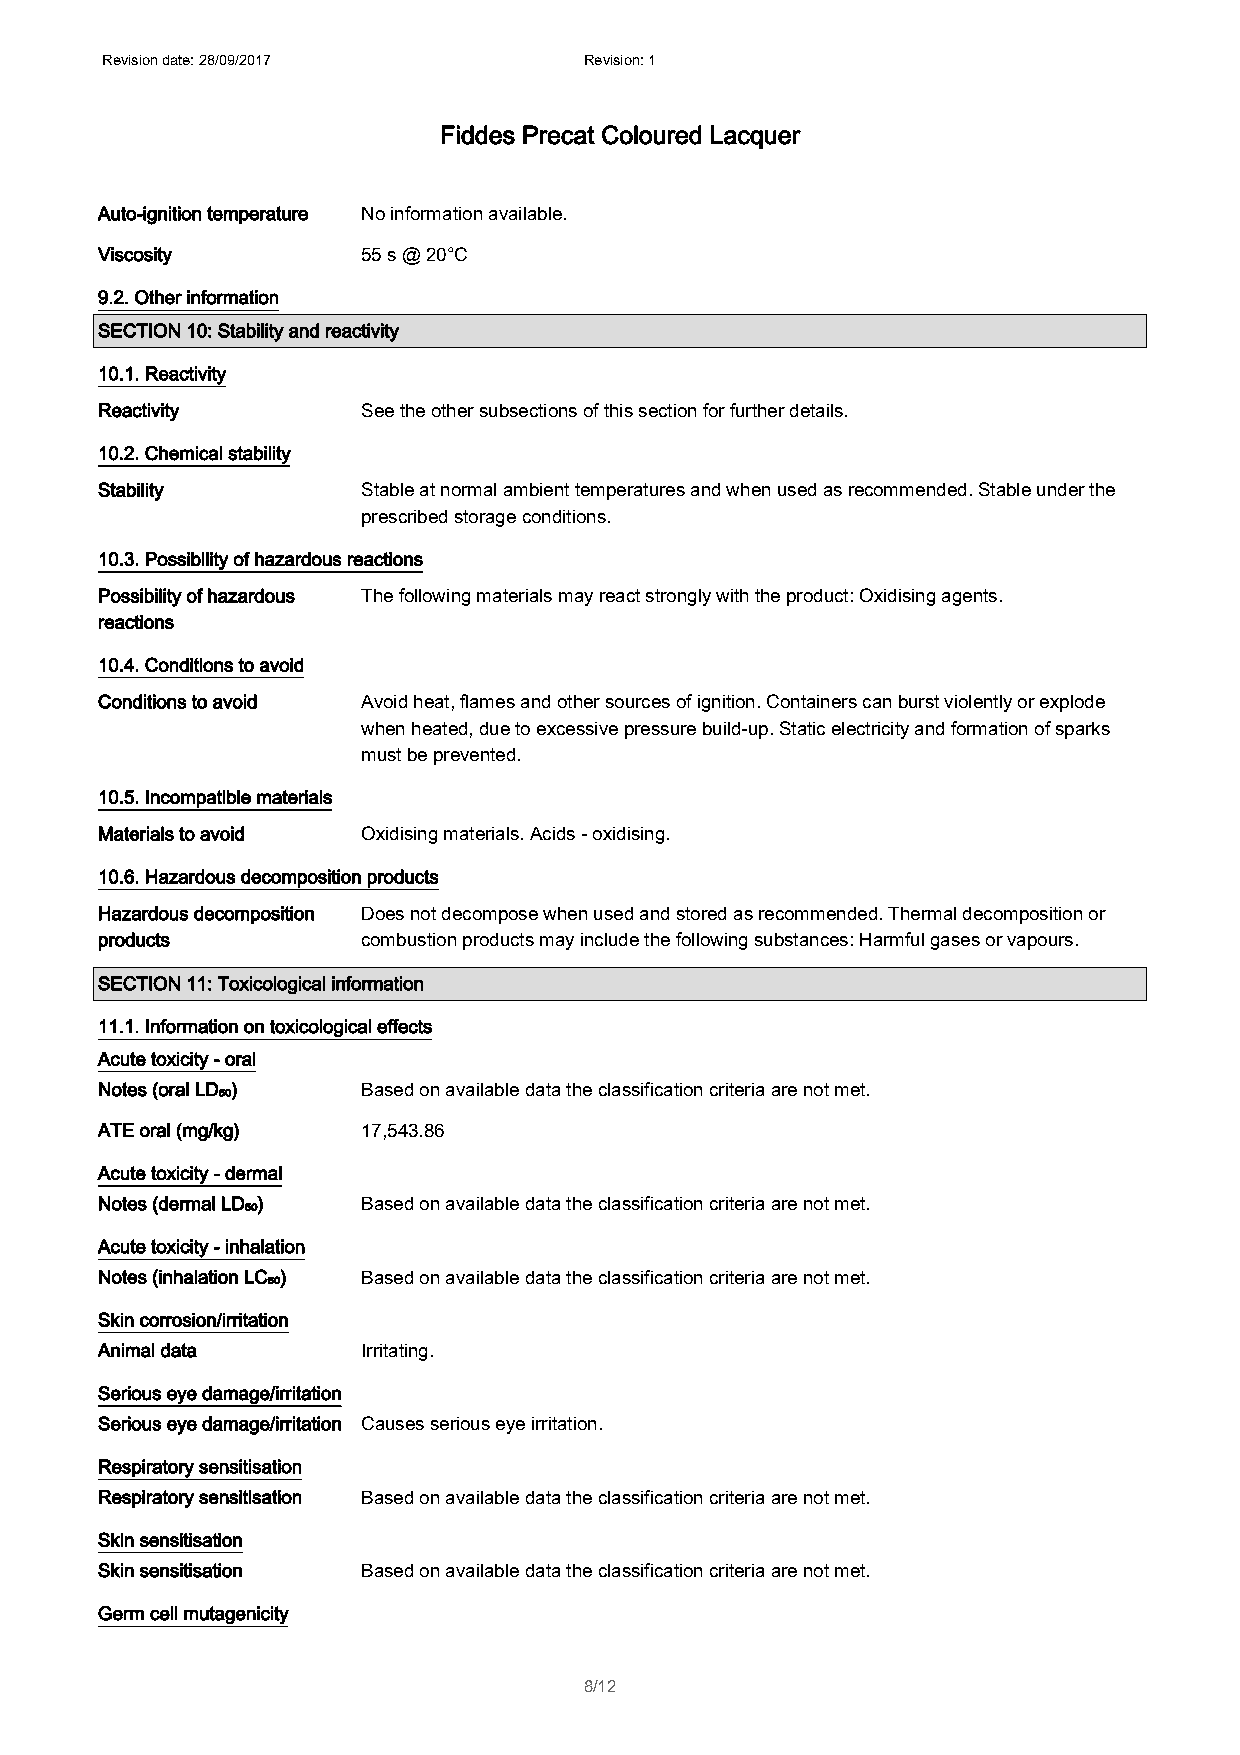
Revision date: 28/09/2017       Revision: 1
 Fiddes Precat Coloured Lacquer
 Auto-ignition temperature No information available.
 Viscosity         55 s @ 20°C
 9.2. Other information
 SECTION 10: Stability and reactivity
 10.1. Reactivity
 Reactivity        See the other subsections of this section for further details.
 10.2. Chemical stability
 Stability         Stable at normal ambient temperatures and when used as recommended. Stable under the
 prescribed storage conditions.
 10.3. Possibility of hazardous reactions
 Possibility of hazardous The following materials may react strongly with the product: Oxidising agents.
 reactions
 10.4. Conditions to avoid
 Conditions to avoid Avoid heat, flames and other sources of ignition. Containers can burst violently or explode
 when heated, due to excessive pressure build-up. Static electricity and formation of sparks
 must be prevented.
 10.5. Incompatible materials
 Materials to avoid Oxidising materials. Acids - oxidising.
 10.6. Hazardous decomposition products
 Hazardous decomposition Does not decompose when used and stored as recommended. Thermal decomposition or
 products          combustion products may include the following substances: Harmful gases or vapours.
 SECTION 11: Toxicological information
 11.1. Information on toxicological effects
 Acute toxicity - oral
 Notes (oral LD₅₀) Based on available data the classification criteria are not met.
 ATE oral (mg/kg)  17,543.86
 Acute toxicity - dermal
 Notes (dermal LD₅₀) Based on available data the classification criteria are not met.
 Acute toxicity - inhalation
 Notes (inhalation LC₅₀) Based on available data the classification criteria are not met.
 Skin corrosion/irritation
 Animal data       Irritating.
 Serious eye damage/irritation
 Serious eye damage/irritation Causes serious eye irritation.
 Respiratory sensitisation
 Respiratory sensitisation Based on available data the classification criteria are not met.
 Skin sensitisation
 Skin sensitisation Based on available data the classification criteria are not met.
 Germ cell mutagenicity
 8/12